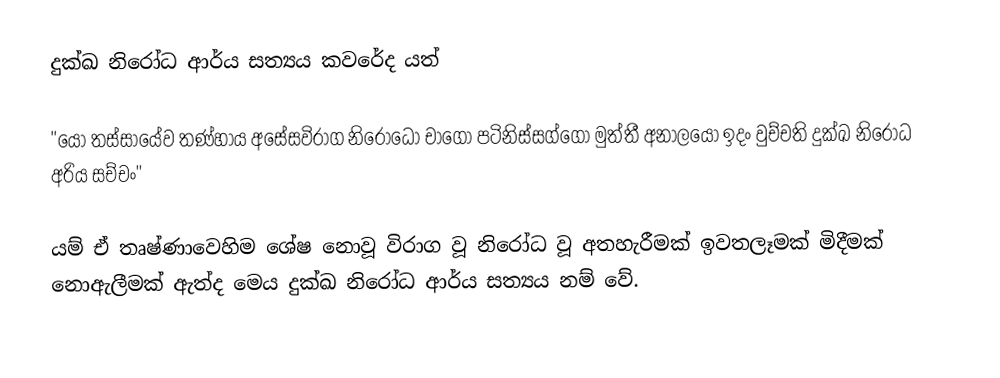
දුක්‌ඛ නිරෝධ ආර්ය සත්‍යය කවරේද යත්

''යෝ තස්‌සායේව තණ්‌හාය අසේසවිරාග නිරෝධෝ චාගෝ පටිනිස්‌සග්ගෝ මුත්තී අනාලයෝ ඉදං වුච්චති දුක්‌ඛ නිරෝධ අරිය සච්චං''

යම් ඒ තෘෂ්ණාවෙහිම ශේෂ නොවූ විරාග වූ නිරෝධ වූ අතහැරීමක්‌ ඉවතලෑමක්‌ මිදීමක්‌ නොඇලීමක්‌ ඇත්ද මෙය දුක්‌ඛ නිරෝධ ආර්ය සත්‍යය නම් වේ.